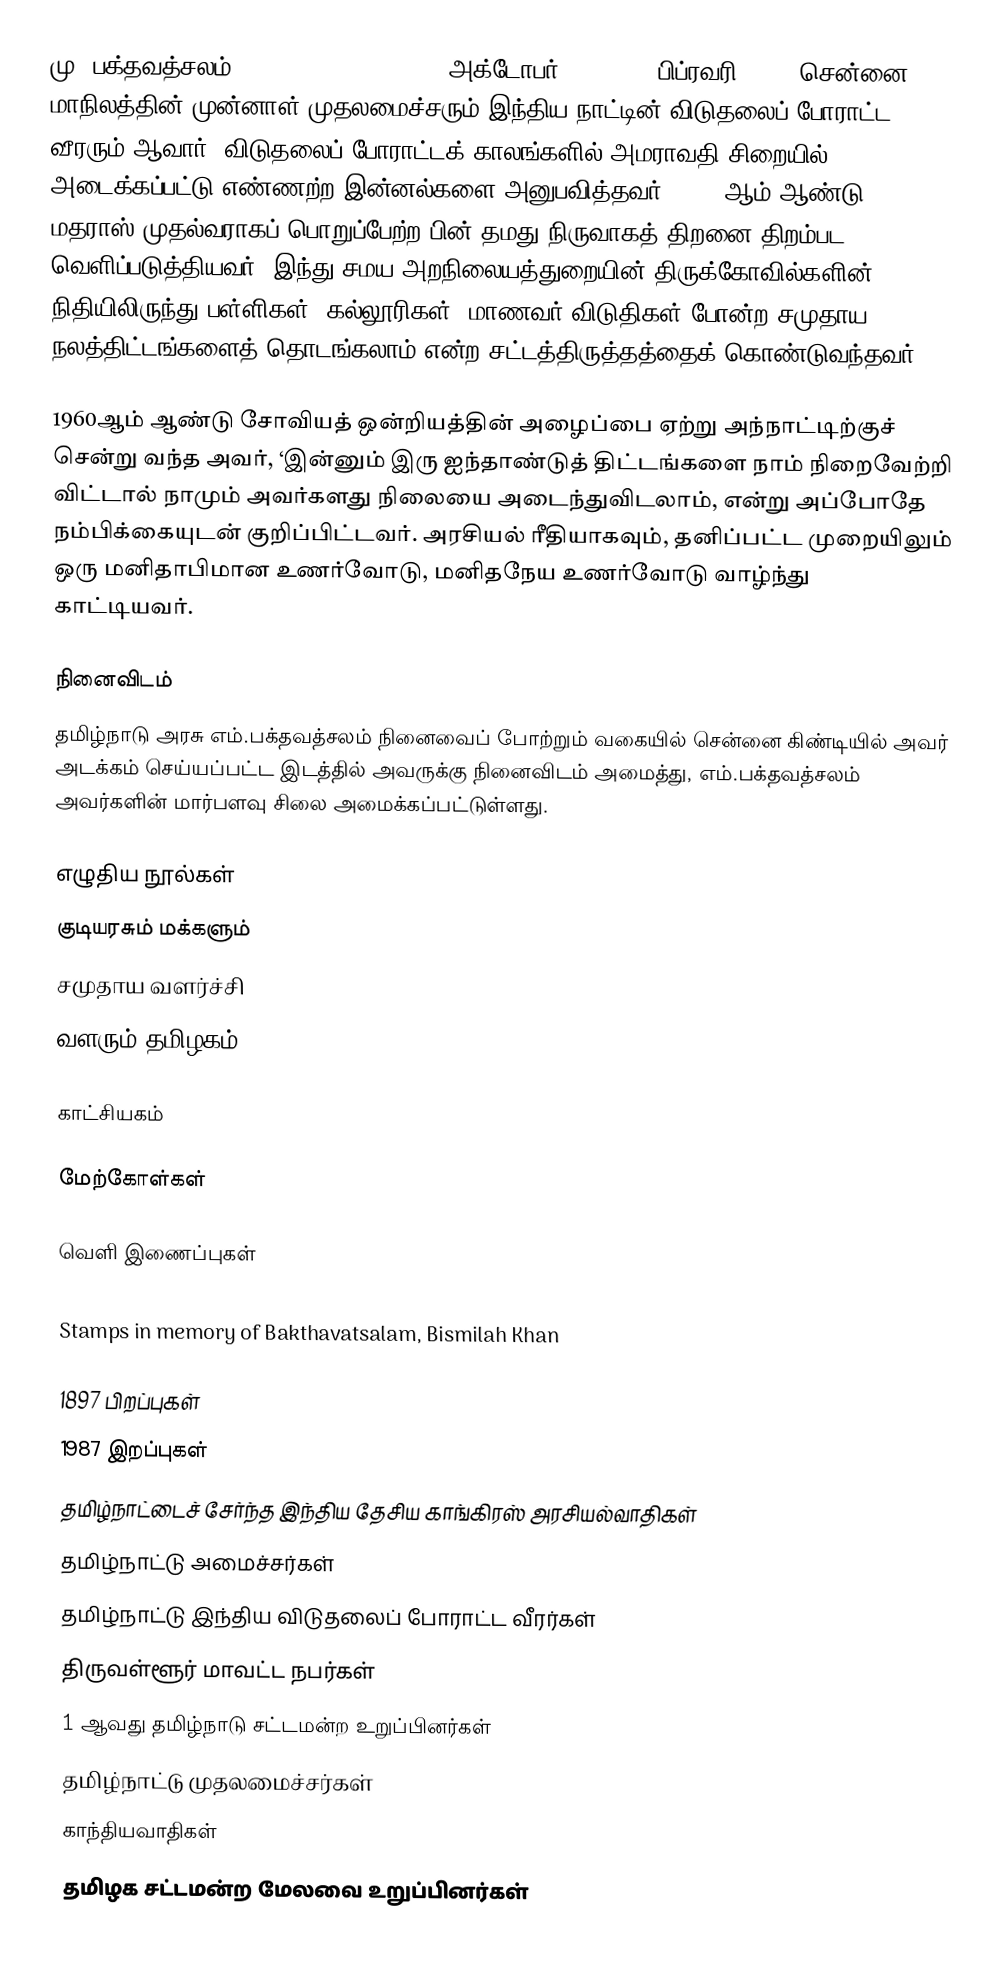
மு. பக்தவத்சலம் (M. Bhakthavatsalam)(9 அக்டோபர் 1897 – 13 பிப்ரவரி 1987) சென்னை மாநிலத்தின் முன்னாள் முதலமைச்சரும் இந்திய நாட்டின் விடுதலைப் போராட்ட வீரரும் ஆவார். விடுதலைப் போராட்டக் காலங்களில் அமராவதி சிறையில் அடைக்கப்பட்டு எண்ணற்ற இன்னல்களை அனுபவித்தவர். 1963 ஆம் ஆண்டு மதராஸ் முதல்வராகப் பொறுப்பேற்ற பின் தமது நிருவாகத் திறனை திறம்பட வெளிப்படுத்தியவர். இந்து சமய அறநிலையத்துறையின்  திருக்கோவில்களின் நிதியிலிருந்து பள்ளிகள், கல்லூரிகள், மாணவர் விடுதிகள் போன்ற சமுதாய நலத்திட்டங்களைத் தொடங்கலாம் என்ற சட்டத்திருத்தத்தைக் கொண்டுவந்தவர்.

1960ஆம் ஆண்டு சோவியத் ஒன்றியத்தின் அழைப்பை ஏற்று அந்நாட்டிற்குச் சென்று வந்த அவர், ‘இன்னும் இரு ஐந்தாண்டுத் திட்டங்களை நாம் நிறைவேற்றி விட்டால் நாமும் அவர்களது நிலையை அடைந்துவிடலாம், என்று அப்போதே நம்பிக்கையுடன் குறிப்பிட்டவர். அரசியல் ரீதியாகவும், தனிப்பட்ட முறையிலும் ஒரு மனிதாபிமான உணர்வோடு, மனிதநேய உணர்வோடு வாழ்ந்து காட்டியவர்.

நினைவிடம்
தமிழ்நாடு அரசு எம்.பக்தவத்சலம் நினைவைப் போற்றும் வகையில் சென்னை கிண்டியில் அவர் அடக்கம் செய்யப்பட்ட இடத்தில் அவருக்கு  நினைவிடம் அமைத்து,  எம்.பக்தவத்சலம் அவர்களின் மார்பளவு சிலை அமைக்கப்பட்டுள்ளது.

எழுதிய நூல்கள்
குடியரசும் மக்களும்
சமுதாய வளர்ச்சி
வளரும் தமிழகம்

காட்சியகம்

மேற்கோள்கள்

வெளி இணைப்புகள்

 Stamps in memory of Bakthavatsalam, Bismilah Khan

1897 பிறப்புகள்
1987 இறப்புகள்
தமிழ்நாட்டைச் சேர்ந்த இந்திய தேசிய காங்கிரஸ் அரசியல்வாதிகள்
தமிழ்நாட்டு அமைச்சர்கள்
தமிழ்நாட்டு இந்திய விடுதலைப் போராட்ட வீரர்கள்
திருவள்ளூர் மாவட்ட நபர்கள்
1 ஆவது தமிழ்நாடு சட்டமன்ற உறுப்பினர்கள்
தமிழ்நாட்டு முதலமைச்சர்கள்
காந்தியவாதிகள்
தமிழக சட்டமன்ற மேலவை உறுப்பினர்கள்